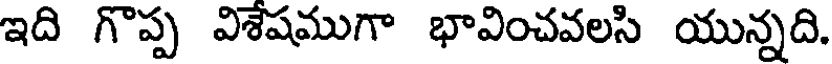
ఇది గొప్ప విశేషముగా భావించవలసి యున్నది.